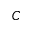
C